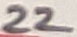
Text: 22